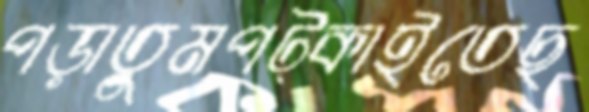
পড়াতুমপট্‌কাইতেছ